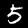
Digit: 5